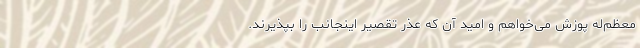
معظم‌له پوزش می‌خواهم و امید آن که عذر تقصیر اینجانب را بپذیرند.